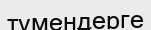
түмендерге